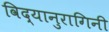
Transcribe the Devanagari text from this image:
विद्यानुरागिनी